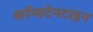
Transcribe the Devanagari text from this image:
कॉन्सटेनटाइन